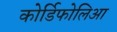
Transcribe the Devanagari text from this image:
कोर्डिफोलिआ